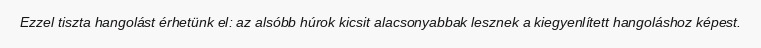
Ezzel tiszta hangolást érhetünk el: az alsóbb húrok kicsit alacsonyabbak lesznek a kiegyenlített hangoláshoz képest.